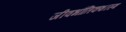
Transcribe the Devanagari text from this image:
जीवभौतिकशास्त्र